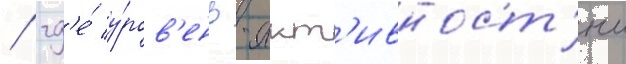
/ гд'е́ у́ров'ень -акт'ивност'и